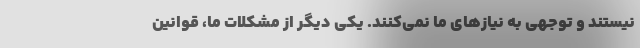
نیستند و توجهی به نیازهای ما نمی‌کنند. یکی دیگر از مشکلات ما، قوانین